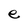
Character: e